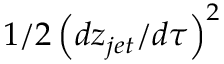
1 / 2 \left( d z _ { j e t } / d \tau \right) ^ { 2 }